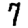
Digit: 7